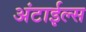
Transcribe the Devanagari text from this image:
अंटाईल्स